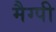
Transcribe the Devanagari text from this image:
मैग्पी